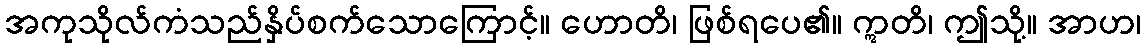
အကုသိုလ်ကံသည်နှိပ်စက်သောကြောင့်။ ဟောတိ၊ ဖြစ်ရပေ၏။ ဣတိ၊ ဤသို့။ အာဟ၊